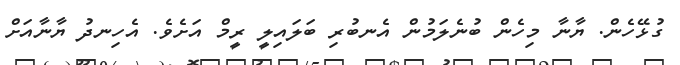
ގުޅޭހެން. ޔާނާ މިހެން ބުނެލަމުން އެނބުރި ބަލައިލީ ރީމް އަށެވެ. އެހިނދު ޔާނާއަށް